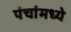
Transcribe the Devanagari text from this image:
पंचांमध्ये